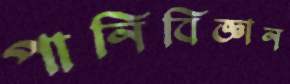
পানিবিজ্ঞান